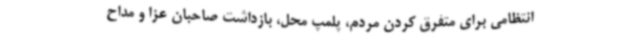
انتظامی برای متفرق کردن مردم، پلمپ محل، بازداشت صاحبان عزا و مداح